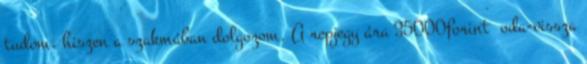
tudom, hiszen a szakmában dolgozom. A repjegy ára 35000forint oda-vissza